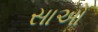
સાઓ